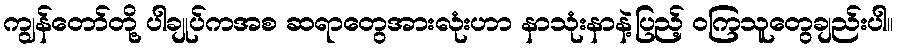
ကျွန်တော်တို့ ပါချုပ်ကအစ ဆရာတွေအားလုံးဟာ နာသုံးနာနဲ့ပြည့် ဝကြသူတွေချည်းပါ။